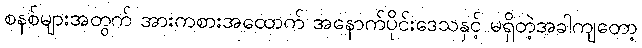
စနစ်များအတွက် အားကစားအထောက် အနောက်ပိုင်းဒေသနှင့် မရှိတဲ့အခါကျတော့